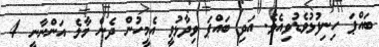
ބައްޕަ ހިނިފުޅުވެޑުވިއެވެ. އަދި ބައްޕަ ވިދާޅުވީ އެމީހުން ދެން މާލެ އަންނާނީ 4